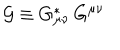
LaTeX: { \cal G } \equiv G _ { \mu \nu } ^ { \ast } \, G ^ { \mu \nu }